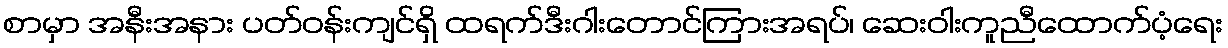
စာမှာ အနီးအနား ပတ်ဝန်းကျင်ရှိ ထရက်ဒီးဂါးတောင်ကြားအရပ်၊ ဆေးဝါးကူညီထောက်ပံ့ရေး